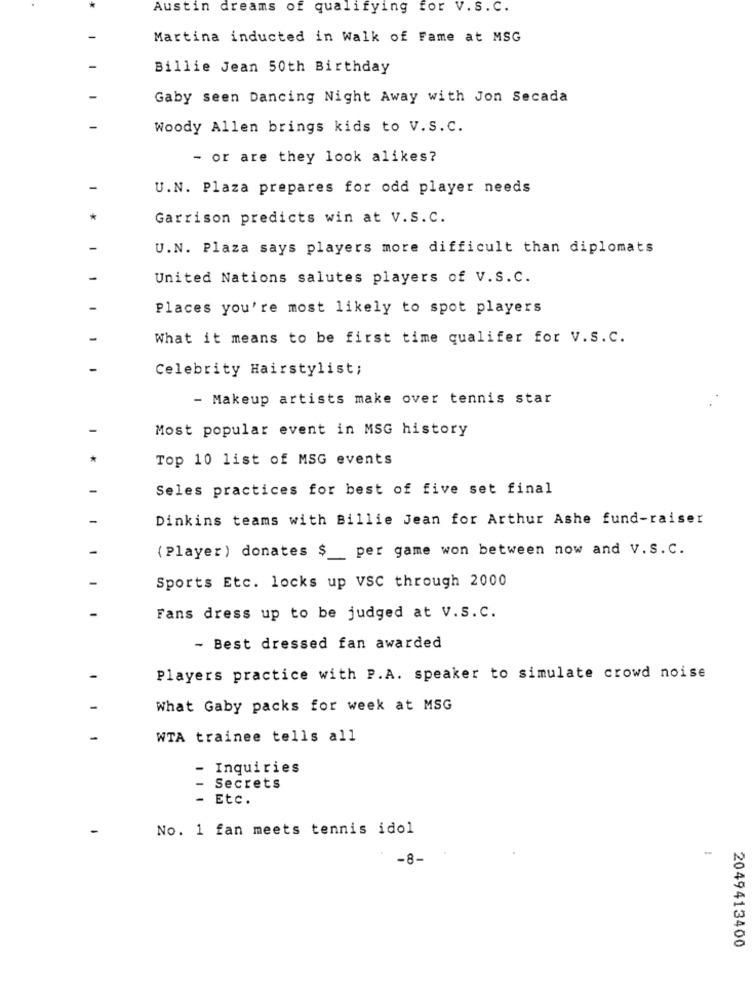
Austin dreams of qualifying for V. S. C.
Martina inducted in Walk of Fame at MSG
Billie Jean 50th Birthday
Gaby seen Dancing Night Away with Jon Secada
Woody Allen brings kids to V.S.C.
- or are they look alikes?
U.N. Plaza prepares for odd player needs
Garrison predicts win at V.S.C.
U.N. Plaza says players more difficult than diplomats
United Nations salutes players of V.S.C.
Places you're most likely to spot players
What it means to be first time qualifer for V.s.C.
Celebrity Hairstylist;
- Makeup artists make over tennis star
Most popular event in MSG history
Top 10 list of MSG events
Seles practices for best of five set final
Dinkins teams with Billie Jean for Arthur Ashe fund-raiser
(Player) donates $ per game won between now and V.S. C.
Sports Etc. locks up VSC through 2000
Fans dress up to be judged at V.s.C.
- Best dressed fan awarded
Players practice with P.A. speaker to simulate crowd noise
What Gaby packs for week at MSG
WTA trainee tells all
- Inquiries
Secrets
- Etc.
No. 1 fan meets tennis idol
-8-
2049413400